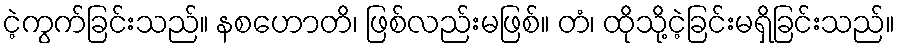
ငဲ့ကွက်ခြင်းသည်။ နစဟောတိ၊ ဖြစ်လည်းမဖြစ်။ တံ၊ ထိုသို့ငဲ့ခြင်းမရှိခြင်းသည်။